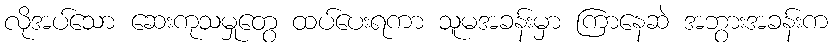
လိုအပ်သော ဆေးကုသမှုတွေ ထပ်ပေးရကာ သူမအခန်းမှာ ကြာနေဆဲ အဘွားအခန်းက